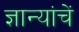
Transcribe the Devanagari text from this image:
ज्ञान्यांचें